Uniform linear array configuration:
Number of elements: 64
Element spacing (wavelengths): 0.25
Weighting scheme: cosine
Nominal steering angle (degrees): -30
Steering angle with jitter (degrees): -28.132
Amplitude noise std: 0.05
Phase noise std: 0.05

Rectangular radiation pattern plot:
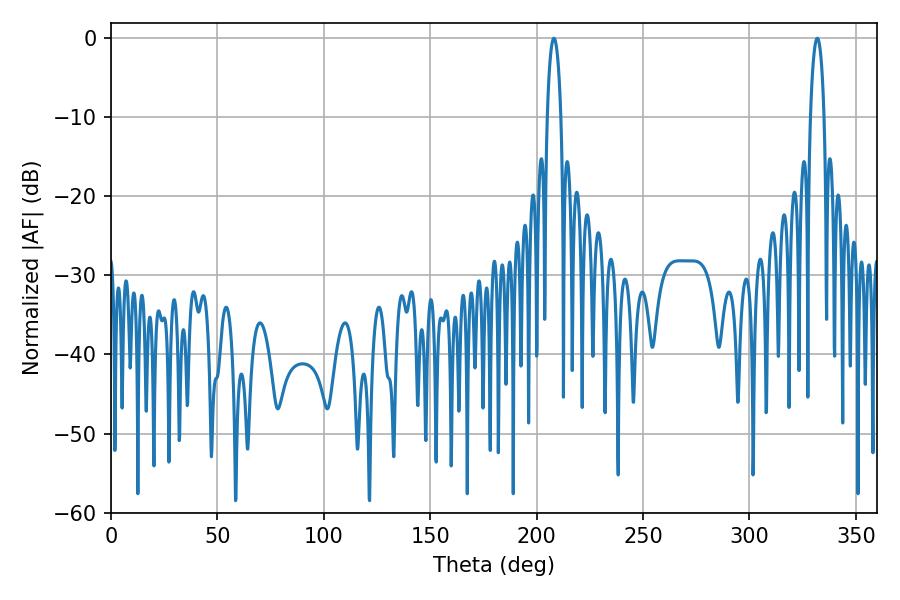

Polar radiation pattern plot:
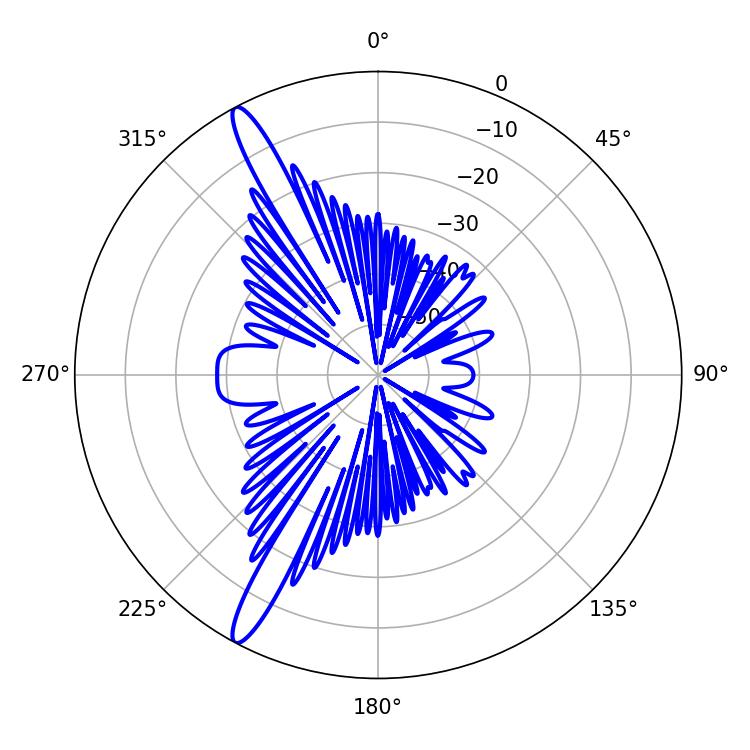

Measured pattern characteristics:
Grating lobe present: FALSE
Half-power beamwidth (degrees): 3.6
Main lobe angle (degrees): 208.08